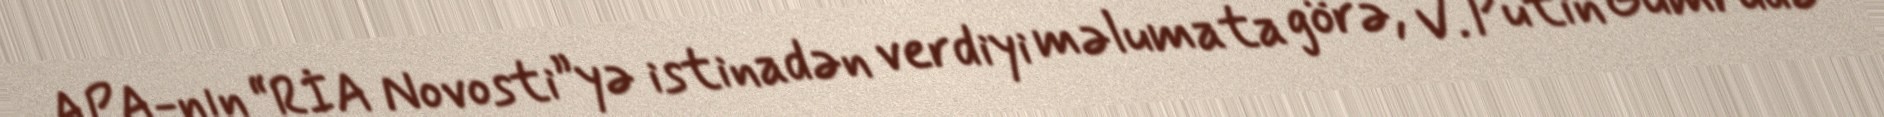
APA-nın “RİA Novosti”yə istinadən verdiyi məlumata görə, V. Putin Gümrüdə